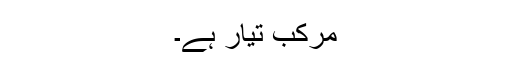
مرکب تیار ہے۔